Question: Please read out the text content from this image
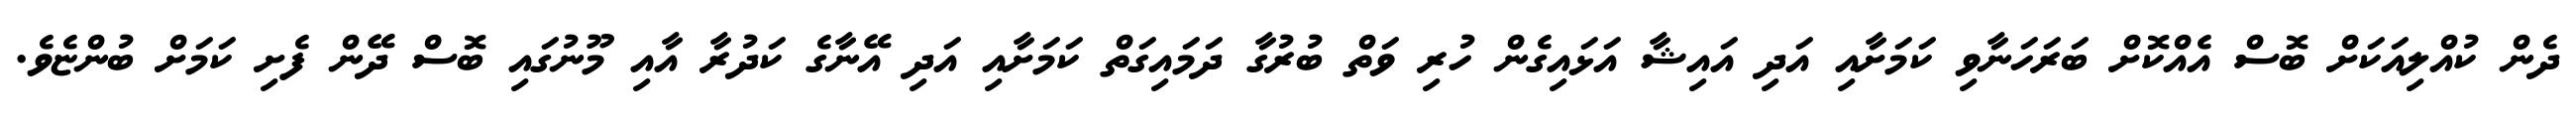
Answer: ދެން ކުއްލިއަކަށް ބޮސް އެއްކޮށް ބަރަހަނާވި ކަމަށާއި އަދި އައިޝާ އަޅައިގެން ހުރި ވަތް ބުރުގާ ދަމައިގަތް ކަމަށާއި އަދި އޭނާގެ ކަދުރާ އާއި މޫނުގައި ބޮސް ދޭން ފެށި ކަމަށް ބުންޏެވެ.